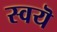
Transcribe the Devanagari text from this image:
स्वयॆ